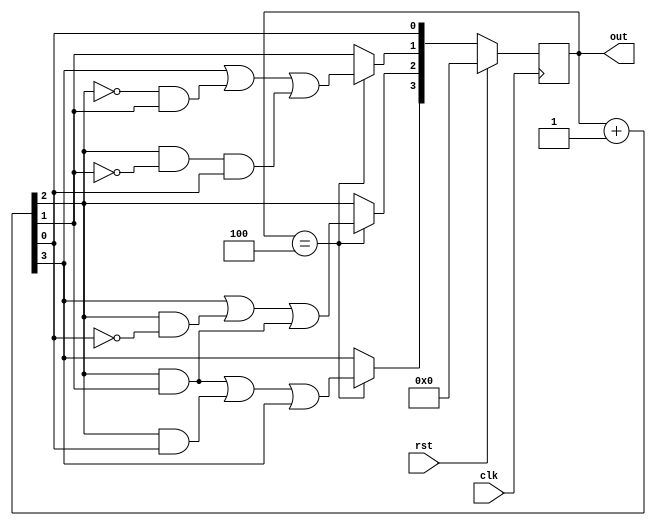
`timescale 1ns / 1ps

module deccounter2421(clk, rst, out); 
input clk, rst;
output [3:0] out; 

reg[3:0] out;
reg[3:0] tmp;
initial out = 4'b0000; 


always @(posedge clk) begin 
if(rst == 1'b1) out = 4'b0000;
else if (out == 4'b0100) begin
    out = out + 4'b0001;
    tmp[3] = out[3];
    tmp[2] = out[2];
    tmp[1] = out[1];
    tmp[0] = out[0];
    out[3] = ((tmp[2]&tmp[1]) | (tmp[2]&tmp[0]) | tmp[3]);
    out[2] = ( tmp[3] | (tmp[2]&~tmp[0]) | (tmp[2]&tmp[1]) );
    out[1] = ( tmp[3] | (~tmp[2]&tmp[1]) | (tmp[2]&~tmp[1]&tmp[0]));
    out[0] = tmp[0];
    end
else out = out + 4'b0001;
end
endmodule